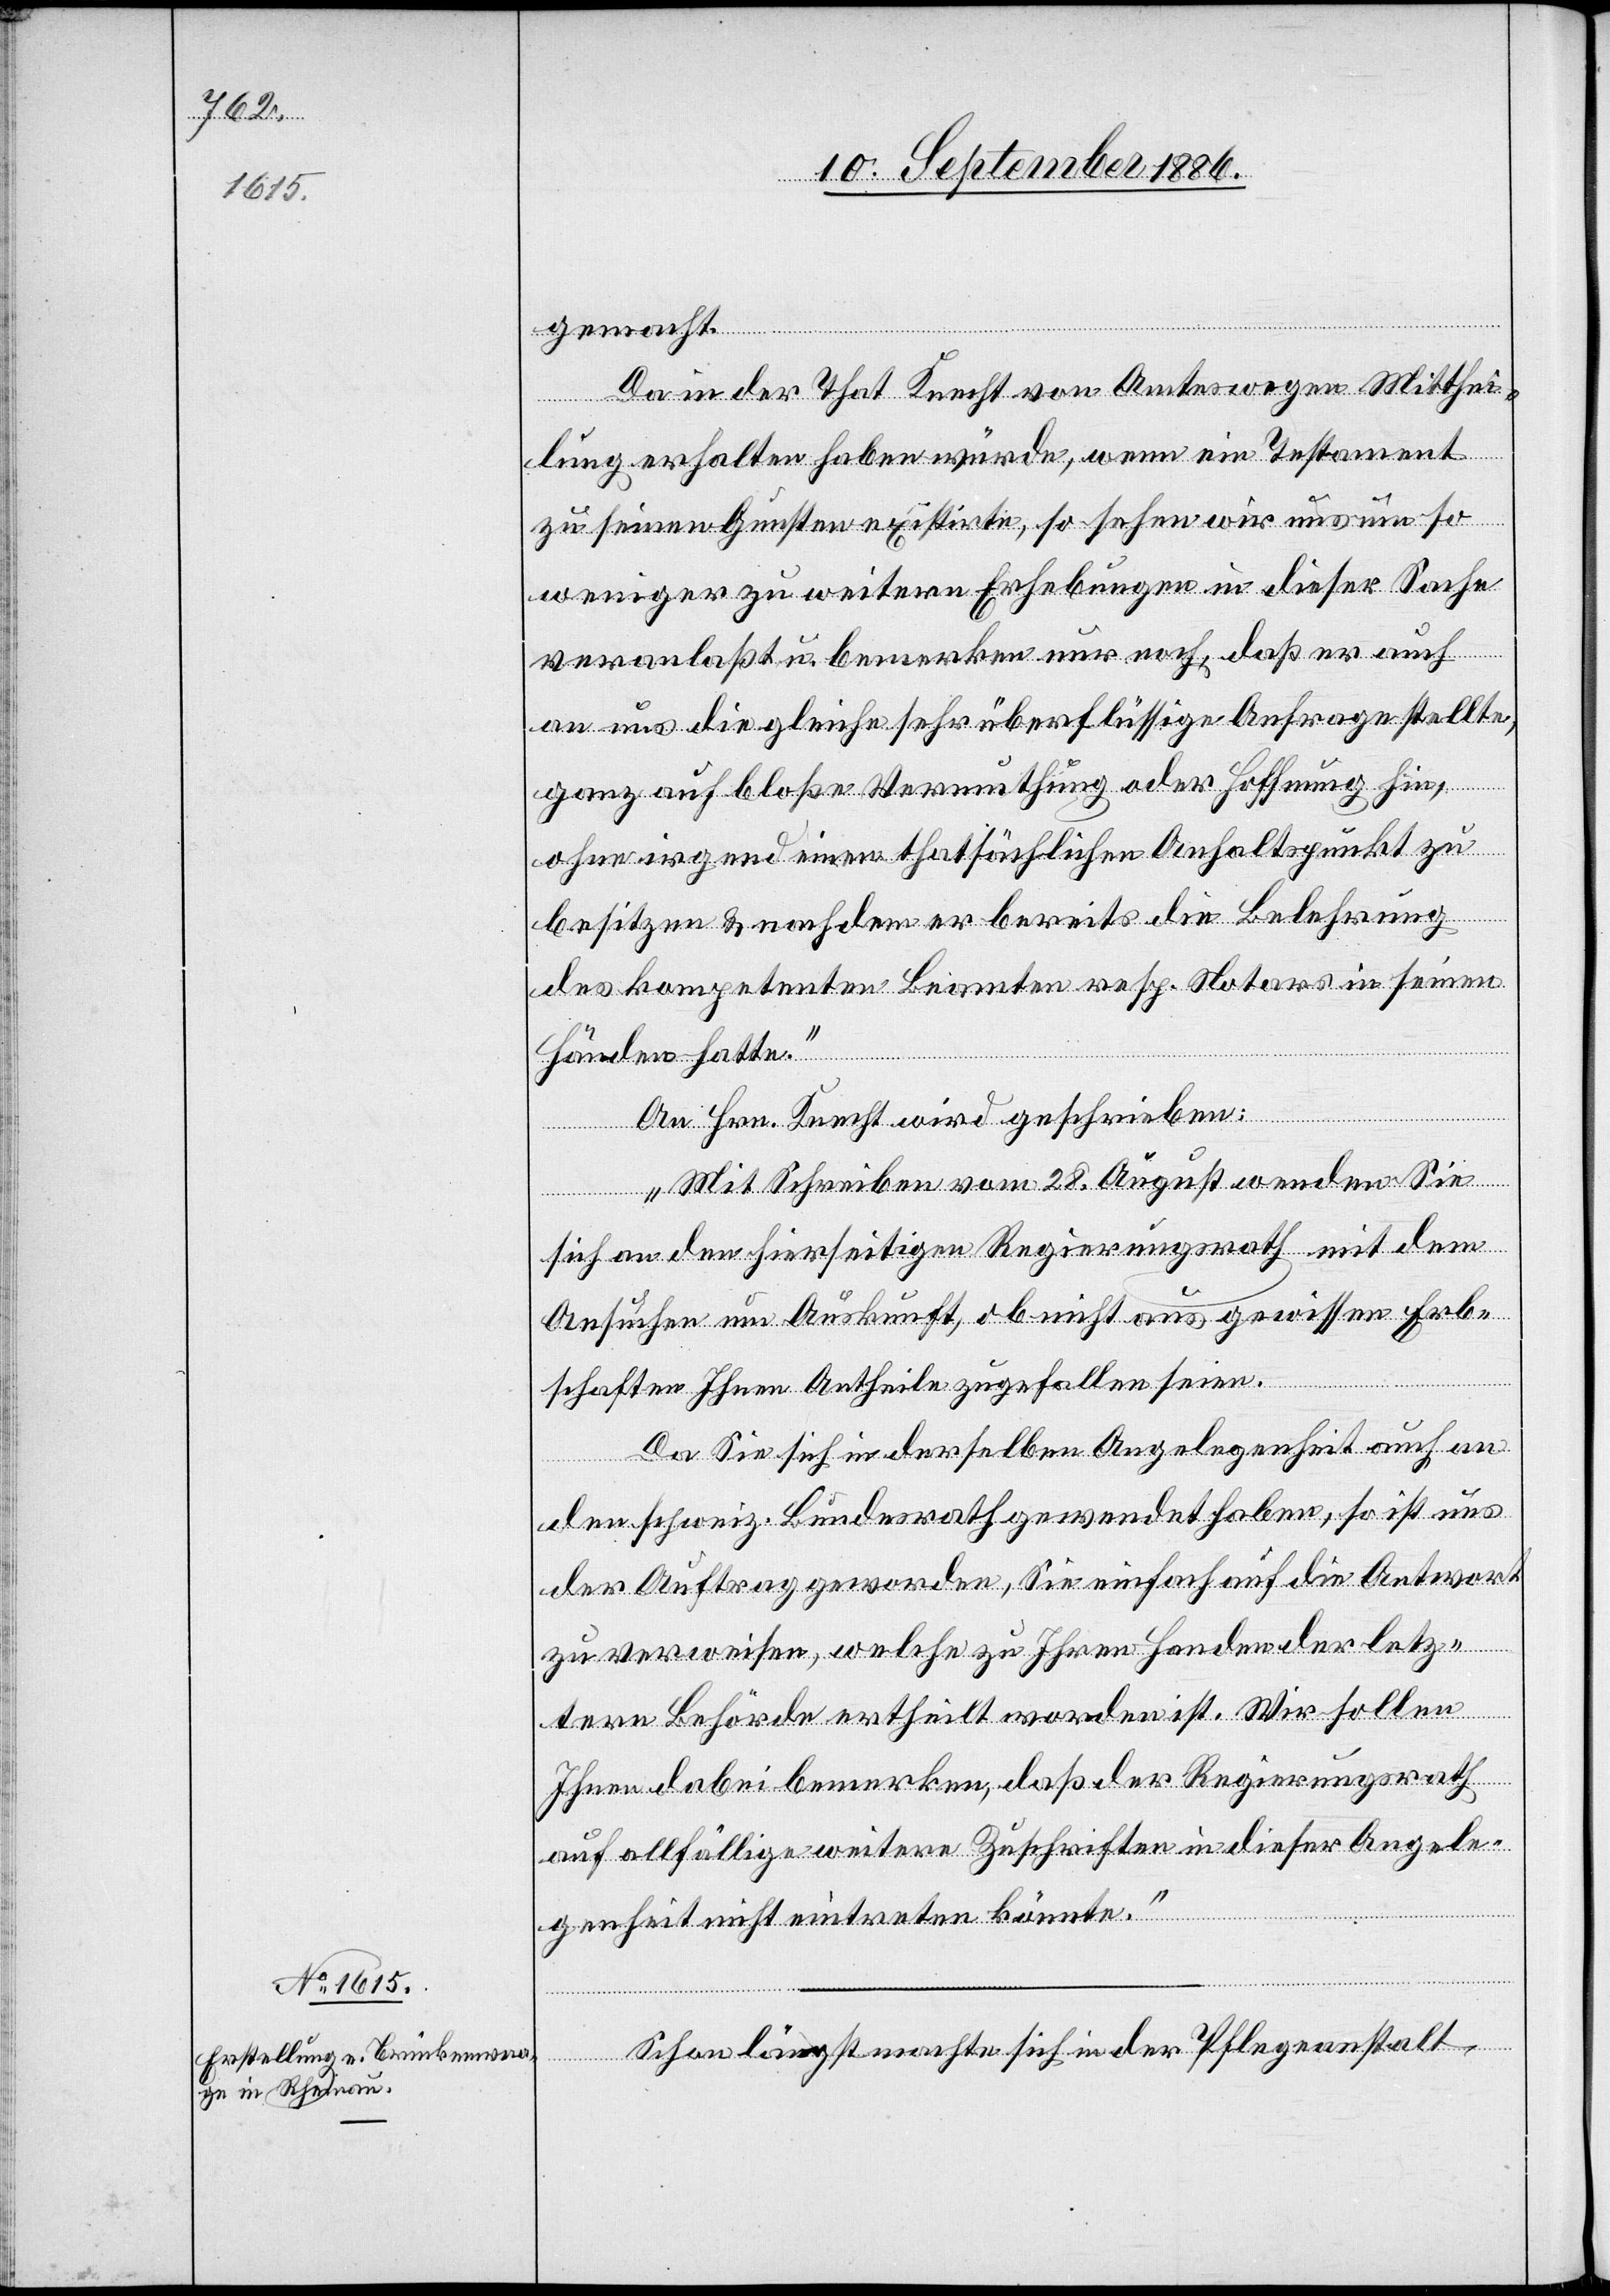
gemacht.
Da in der That Knecht von Amteswegen Mitthei¬
lung erhalten haben würde, wenn ein Testament
zu seinen Gunsten existirte, so sehen wir uns um so
weniger zu weitern Erhebungen in dieser Sache
veranlaßt u. bemerken nur noch, daß er auch
an uns die gleiche sehr überflüssige Anfrage stellte,
ganz auf bloße Vermuthung oder Hoffnung hin,
ohne irgend einen thatsächlichen Anhaltspunkt zu
besitzen & nachdem er bereits die Belehrung
des kompetenten Beamten resp. Notars in seinen
Händen hatte.“
An Hrn. Knecht wird geschrieben:
„Mit Schreiben vom 28. August wenden Sie
sich an den hierseitigen Regierungsrath mit dem
Ansuchen um Auskunft, ob nicht aus gewissen Erb¬
schaften Ihnen Antheile zugefallen seien.
Da Sie sich in derselben Angelegenheit auch an
den schweiz. Bundesrath gewendet haben, so ist uns
der Auftrag geworden, Sie einfach auf die Antwort
zu verweisen, welche zu Ihren Handen der letz¬
tern Behörde ertheilt worden ist. Wir sollen
Ihnen dabei bemerken, daß der Regierungsrath
auf allfällige weitere Zuschriften in dieser Angele¬
genheit nicht eintreten könnte.“
Schon längst machte sich in der Pflegeanstalt